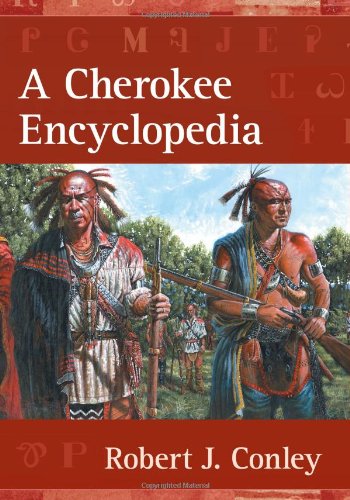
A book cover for A Cherokee Encyclopedia; Robert J. Conley; Politics & Social Sciences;